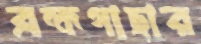
ব্রহ্মগাছার